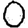
Digit: 0